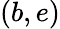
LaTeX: (b,e)